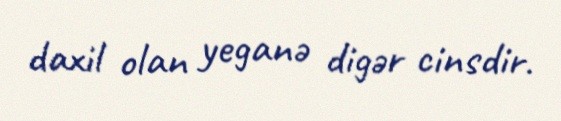
daxil olan yeganə digər cinsdir.